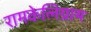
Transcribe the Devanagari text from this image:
रामकेलिग्राम